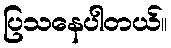
ပြသနေပါတယ်။